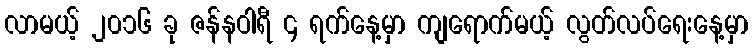
လာမယ့် ၂၀၁၆ ခု ဇန်နဝါရီ ၄ ရက်နေ့မှာ ကျရောက်မယ့် လွတ်လပ်ရေးနေ့မှာ